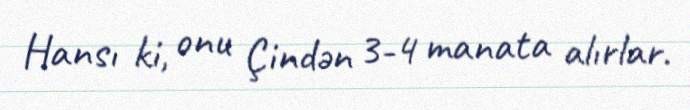
Hansı ki, onu Çindən 3-4 manata alırlar.